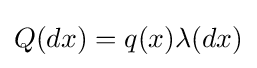
Q(dx)=q(x)\lambda (dx)